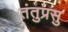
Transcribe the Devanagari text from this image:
तंतुप्रसु